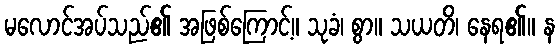
မလောင်အပ်သည်၏ အဖြစ်ကြောင့်။ သုခံ၊ စွာ။ သယတိ၊ နေရ၏။ န